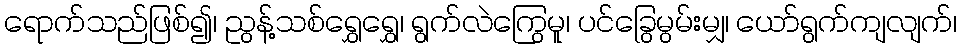
ရောက်သည်ဖြစ်၍၊ ညွန့်သစ်ရွှေရွှေ၊ ရွက်လဲကြွေမူ၊ ပင်ခြွေမွမ်းမျှ၊ ယော်ရွက်ကျလျက်၊